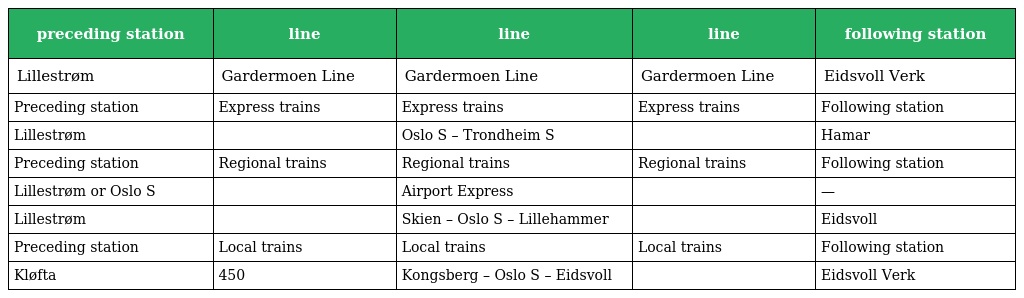
| preceding station | line | line | line | following station |
 | --- | --- | --- | --- | --- |
 | Lillestrøm | Gardermoen Line | Gardermoen Line | Gardermoen Line | Eidsvoll Verk |
 | Preceding station | Express trains | Express trains | Express trains | Following station |
 | Lillestrøm |  | Oslo S – Trondheim S |  | Hamar |
 | Preceding station | Regional trains | Regional trains | Regional trains | Following station |
 | Lillestrøm or Oslo S |  | Airport Express |  | — |
 | Lillestrøm |  | Skien – Oslo S – Lillehammer |  | Eidsvoll |
 | Preceding station | Local trains | Local trains | Local trains | Following station |
 | Kløfta | 450 | Kongsberg – Oslo S – Eidsvoll |  | Eidsvoll Verk |